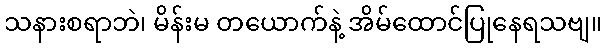
သနားစရာဘဲ၊ မိန်းမ တယောက်နဲ့ အိမ်ထောင်ပြုနေရသဗျ။